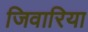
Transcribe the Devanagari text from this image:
जिवारिया